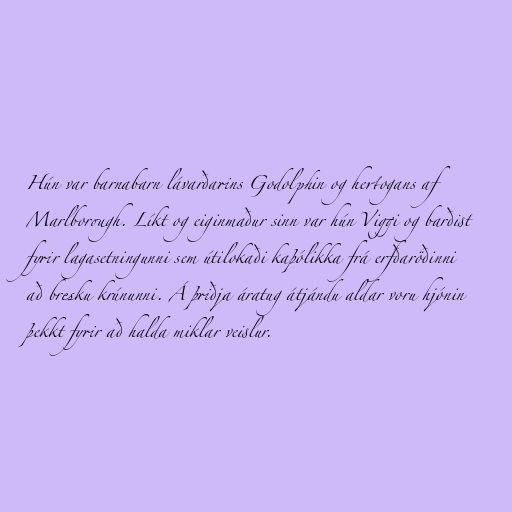
Hún var barnabarn lávarðarins Godolphin og hertogans af
Marlborough. Líkt og eiginmaður sinn var hún Viggi og barðist
fyrir lagasetningunni sem útilokaði kaþólikka frá erfðaröðinni
að bresku krúnunni. Á þriðja áratug átjándu aldar voru hjónin
þekkt fyrir að halda miklar veislur.